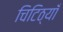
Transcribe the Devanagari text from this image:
चिटिठ्यॉँ